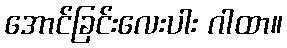
အောင်ခြင်းလေးပါး ဂါထာ။